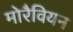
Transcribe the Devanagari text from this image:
मोरैवियन